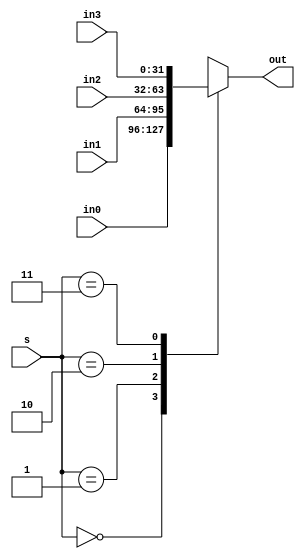
`timescale 1ns / 1ps
//////////////////////////////////////////////////////////////////////////////////
// Company: 
// Engineer: 
// 
// Design Name: 
// Module Name: Mux_2to1_32bit
// Project Name: 
// Target Devices: 
// Tool Versions: 
// Description: 
// 
// Dependencies: 
// 
// Revision:
// Revision 0.01 - File Created
// Additional Comments:
// 
//////////////////////////////////////////////////////////////////////////////////


module Mux_2to1_32bit(
    input wire [1:0] s,
    input wire [31:0] in0,
    input wire [31:0] in1,
    input wire [31:0] in2,
    input wire [31:0] in3,
    output reg [31:0] out
    );
    always @* begin
        case(s)
            2'b00:out <= in0;
            2'b01:out <= in1;
            2'b10:out <= in2;
            2'b11:out <= in3;
        endcase
    end
endmodule